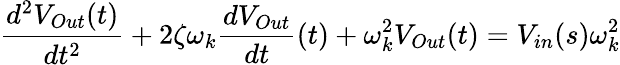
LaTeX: \frac{d^{2}V_{Out}(t)}{dt^{2}}+2\zeta\omega_{k}\frac{dV_{Out}}{dt}(t)+\omega_{k}^{2}V_{Out}(t)=V_{in}(s)\omega_{k}^{2}